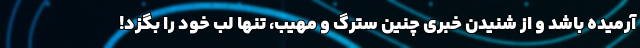
آرمیده باشد و از شنیدن خبری چنین سترگ و مهیب، تنها لب خود را بگزد!